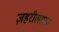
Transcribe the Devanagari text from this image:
ज़हरीलापन